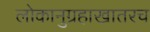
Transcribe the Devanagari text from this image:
लोकानुग्रहाखातरच